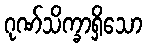
ဂုဏ်သိက္ခာရှိသော